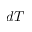
d T